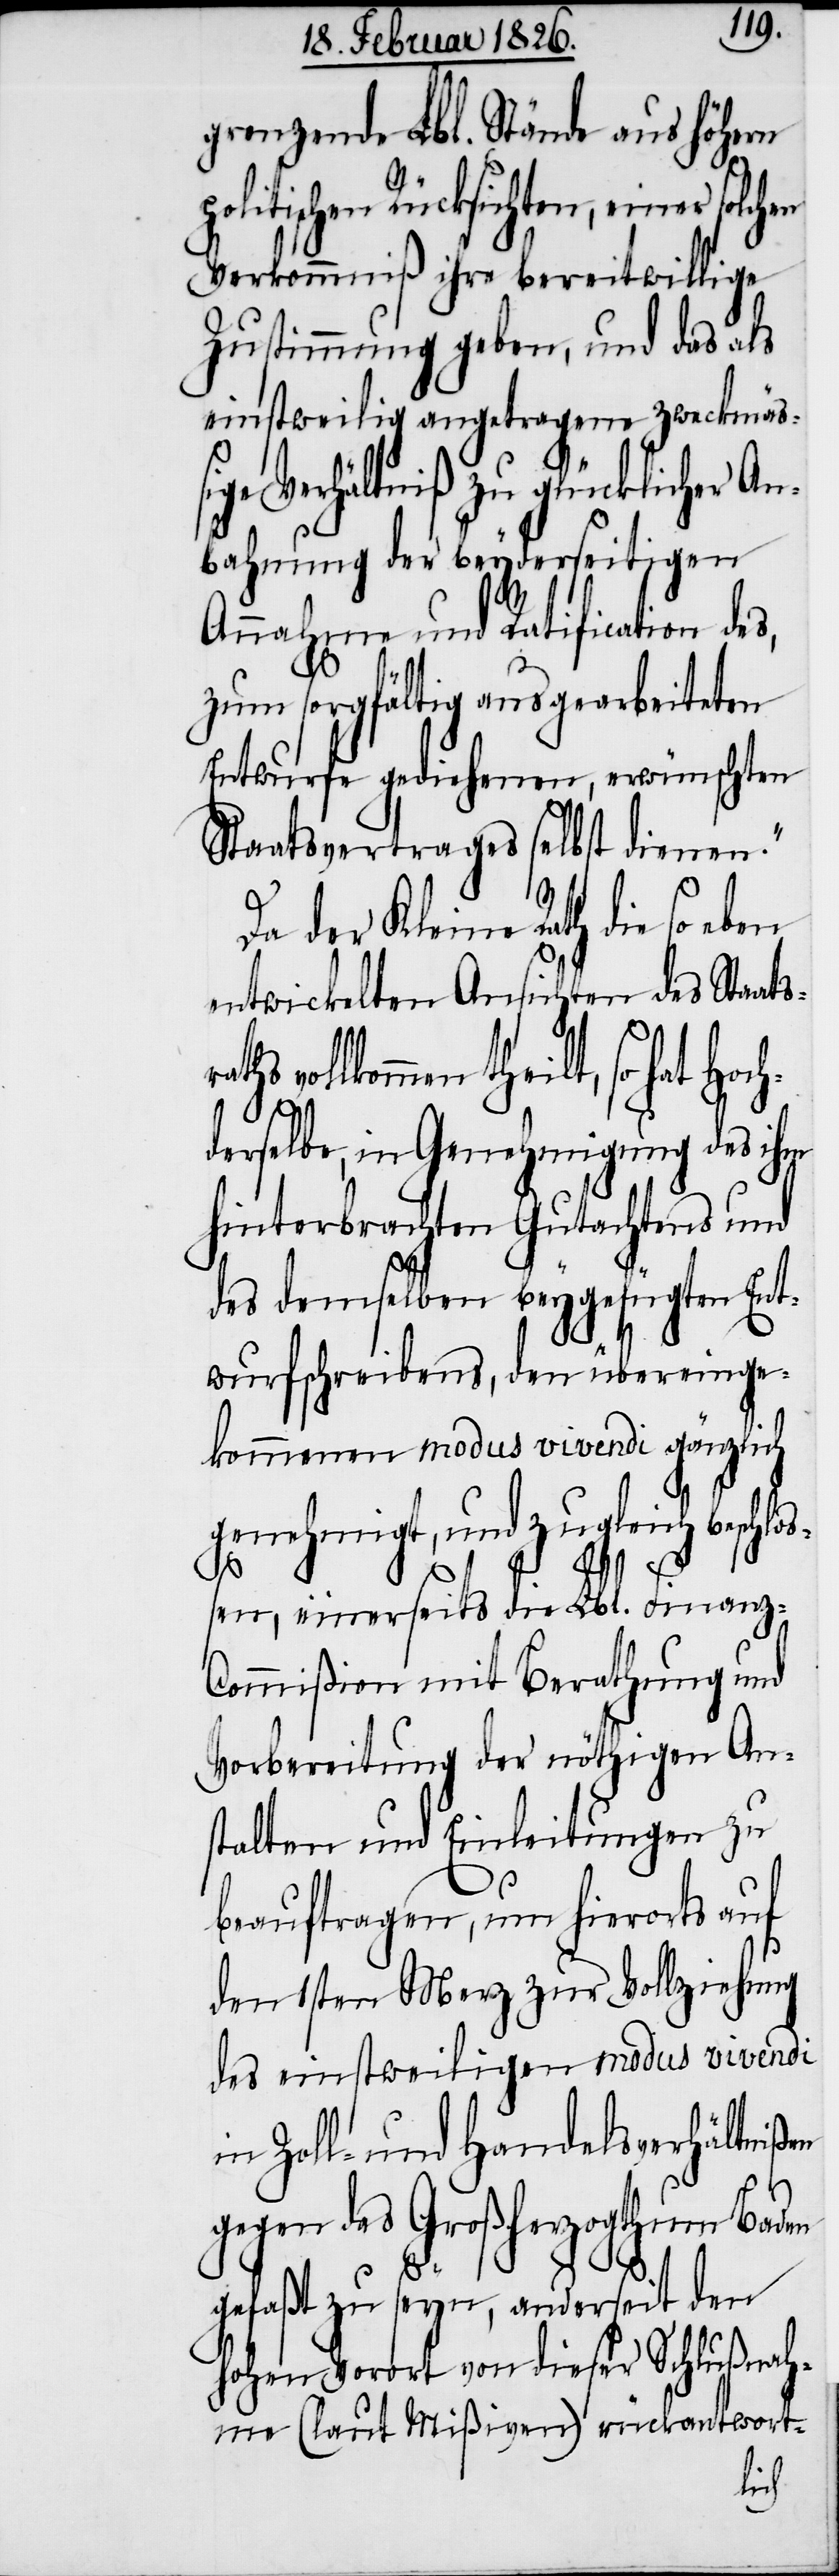
grenzende Lbl. Stände aus höhern
olitischen Rücksichten, einer
Verkommniß ihre bereitwillige
Zustimmung geben, und das als
einstweilig angetragene zweckmäß¬
ige Verhältniß zu glücklicher An¬
bahnung der beyderseitigen
Annahme und Ratification de¬
zum sorgfältig ausgearbeiteten
Entwurfe gediehenen, erwünschten
Staatsvertrages selbst dienen.“
Da der Kleine Rath die
entwickelten Ansichten des Staat¬
derselbe, in Genehmigung des ihm
hinterbrachten Gutachtens und
des demselben beygefügten Ent¬
wurfschreibens, den übereinge¬
kommenen modus vivendi gänzlich
genehmigt, und zugleich beschloß¬
Hoch¬
p¬
en, einerseits die Lbl. Finanz-C¬
ommißion mit Berathung und
Vorbereitung der nöthigen An¬
stalten und Einleitungen zu
s,
beauftragen, um hierorts auf
den 1sten Merz zur Vollziehung
des einstweiligen modus vivendi
in Zoll- und Handelsverhältnißen
gegen das Großherzogthum Baden
gefaßt zu seyn, anderseit den
hohen Vorort von dieser Schlußnah¬
me (laut Mißiven) rückantwort-